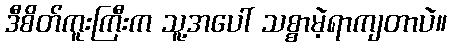
ဒီစိတ်ကူးကြီးက သူ့အပေါ် သစ္စာမဲ့ရာကျတာပဲ။